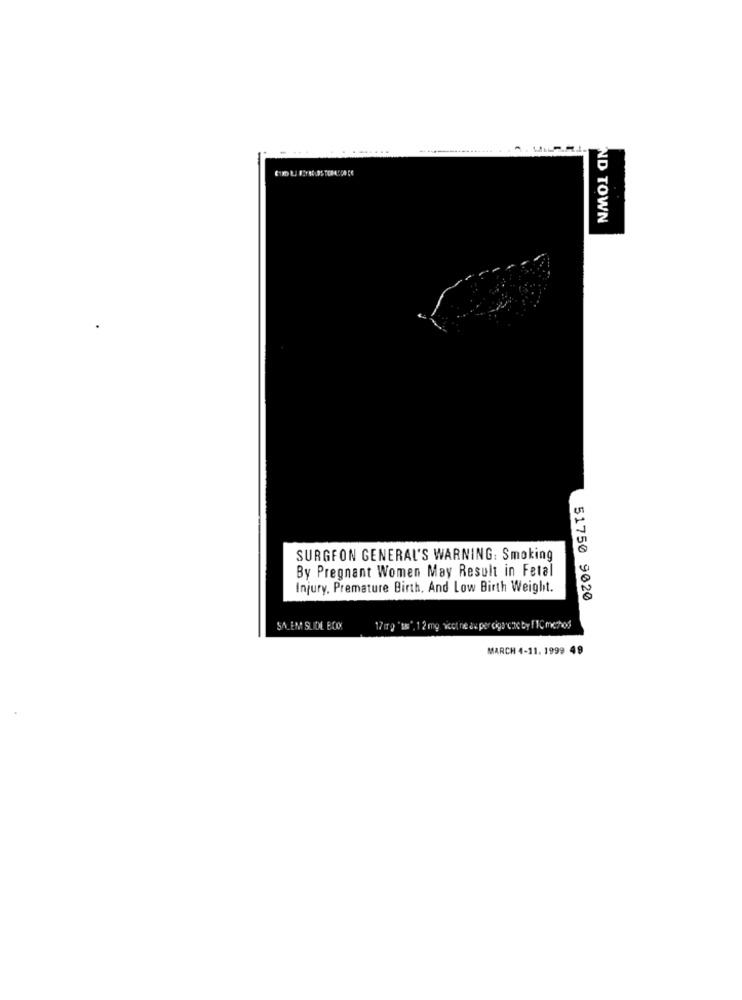
ND TOWN
SURGEON GENERAL'S WARNING: Smoking
By Pregnant Women May Result in Fetal
Injury, Premature Birth, And Low Birth Weight.
51750 9020
SALEM SLIOL BOX
17mg "t", 12 mg Nicotine du per digocute by !' 1Cmchos
MARCH 4-11. 1999 49